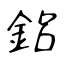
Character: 鋁